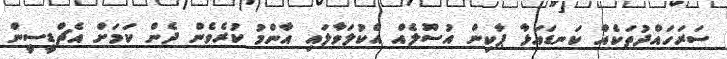
ސަރަހައްދުތަކެއް ކަނޑައަޅާ ޕާކިން އުސޫލެއް އެކުލަވާލައި އާންމު ކުރެވެން ދެން ކަމަށް އެޗްޑީސީން